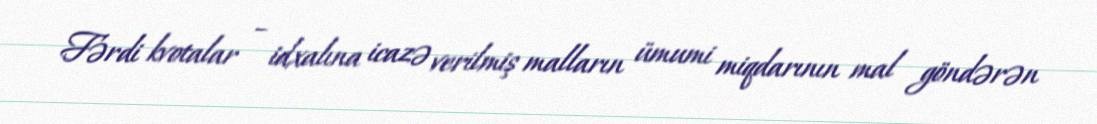
Fərdi kvotalar – idxalına icazə verilmiş malların ümumi miqdarının mal göndərən